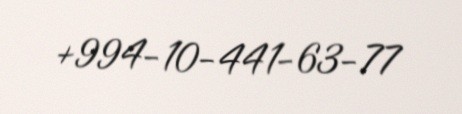
+994-10-441-63-77